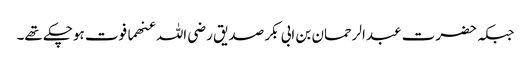
جبکہ حضرت عبدالرحمان بن ابی بکر صدیق رضی اللہ عنھما فوت ہوچکے تھے۔